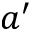
a ^ { \prime }